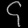
Digit: ၄